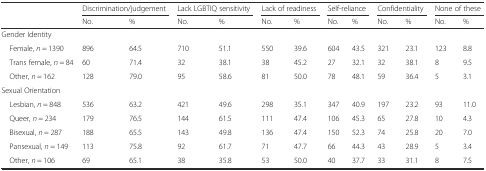
<table><thead><tr><td></td><td colspan="2"><b>Discrimination/judgement</b></td><td colspan="2"><b>Lack LGBTIQ sensitivity</b></td><td colspan="2"><b>Lack of readiness</b></td><td colspan="2"><b>Self-reliance</b></td><td colspan="2"><b>Confidentiality</b></td><td colspan="2"><b>None of these</b></td></tr><tr><td></td><td><b>No.</b></td><td><b>%</b></td><td><b>No.</b></td><td><b>%</b></td><td><b>No.</b></td><td><b>%</b></td><td><b>No.</b></td><td><b>%</b></td><td><b>No.</b></td><td><b>%</b></td><td><b>No.</b></td><td><b>%</b></td></tr></thead><tbody><tr><td>Gender Identity</td><td></td><td></td><td></td><td></td><td></td><td></td><td></td><td></td><td></td><td></td><td></td><td></td></tr><tr><td> Female, <i>n</i> = 1390</td><td>896</td><td>64.5</td><td>710</td><td>51.1</td><td>550</td><td>39.6</td><td>604</td><td>43.5</td><td>321</td><td>23.1</td><td>123</td><td>8.8</td></tr><tr><td> Trans female, <i>n</i> = 84</td><td>60</td><td>71.4</td><td>32</td><td>38.1</td><td>38</td><td>45.2</td><td>27</td><td>32.1</td><td>32</td><td>38.1</td><td>8</td><td>9.5</td></tr><tr><td> Other, <i>n</i> = 162</td><td>128</td><td>79.0</td><td>95</td><td>58.6</td><td>81</td><td>50.0</td><td>78</td><td>48.1</td><td>59</td><td>36.4</td><td>5</td><td>3.1</td></tr><tr><td>Sexual Orientation</td><td></td><td></td><td></td><td></td><td></td><td></td><td></td><td></td><td></td><td></td><td></td><td></td></tr><tr><td> Lesbian, <i>n</i> = 848</td><td>536</td><td>63.2</td><td>421</td><td>49.6</td><td>298</td><td>35.1</td><td>347</td><td>40.9</td><td>197</td><td>23.2</td><td>93</td><td>11.0</td></tr><tr><td> Queer, <i>n</i> = 234</td><td>179</td><td>76.5</td><td>144</td><td>61.5</td><td>111</td><td>47.4</td><td>106</td><td>45.3</td><td>65</td><td>27.8</td><td>10</td><td>4.3</td></tr><tr><td> Bisexual, <i>n</i> = 287</td><td>188</td><td>65.5</td><td>143</td><td>49.8</td><td>136</td><td>47.4</td><td>150</td><td>52.3</td><td>74</td><td>25.8</td><td>20</td><td>7.0</td></tr><tr><td> Pansexual, <i>n</i> = 149</td><td>113</td><td>75.8</td><td>92</td><td>61.7</td><td>71</td><td>47.7</td><td>66</td><td>44.3</td><td>43</td><td>28.9</td><td>5</td><td>3.4</td></tr><tr><td> Other, <i>n</i> = 106</td><td>69</td><td>65.1</td><td>38</td><td>35.8</td><td>53</td><td>50.0</td><td>40</td><td>37.7</td><td>33</td><td>31.1</td><td>8</td><td>7.5</td></tr></tbody></table>